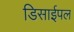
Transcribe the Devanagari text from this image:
डिसाईपल